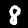
Label: 8